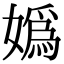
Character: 嬀